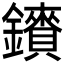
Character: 𮣠